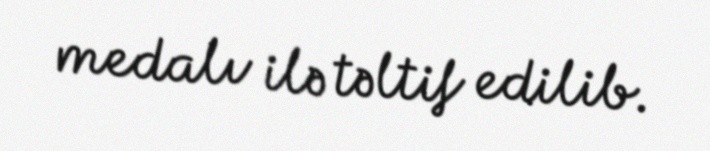
medalı ilə təltif edilib.